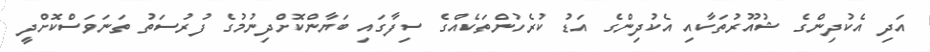
އަދި އެކުދިންގެ ޝުއޫރުތަކާއި އެކުދިންގެ އަޑު ކުރެހުންތަކެއްގެ ސިފާގައި ބަޔާންކޮށްދިނުމުގެ ފުރުސަތު ތަަނަވަަސްކޮށްދީ